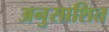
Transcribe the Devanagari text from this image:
अनुसाशित